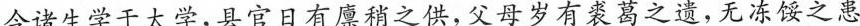
今诸生学于太学，县官日有廪稍之供,父母岁有裘葛之遗，无冻馁之患